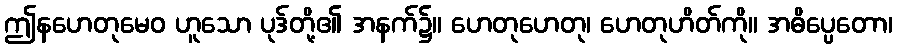
ဤနဟေတုမေဝ ဟူသော ပုဒ်တို့၏ အနက်၌။ ဟေတုဟေတု၊ ဟေတုဟိတ်ကို။ အဓိပ္ပေတော၊